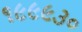
૧૯૯૯૩૦